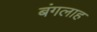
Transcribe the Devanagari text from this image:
बंगलाह